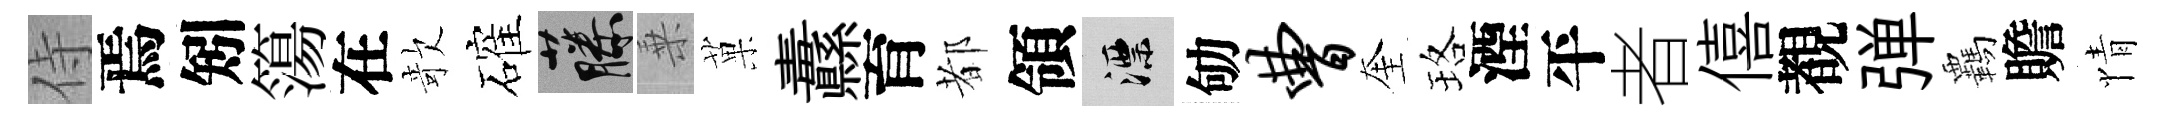
侍焉矧簜在欹確藤乗菓纛育都領漂劬曹奎珞湮平者僖覩弹覊贍情